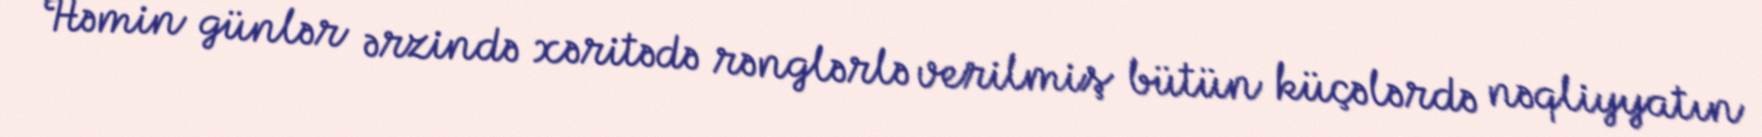
Həmin günlər ərzində xəritədə rənglərlə verilmiş bütün küçələrdə nəqliyyatın